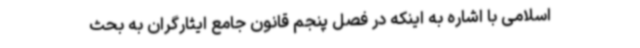
اسلامی با اشاره به اینکه در فصل پنجم قانون جامع ایثارگران به بحث